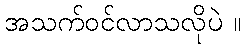
အသက်ဝင်လာသလိုပဲ ။